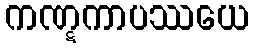
ကဏ္ဋကာပဿယေ